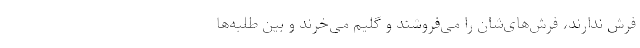
فرش ندارند، فرش‌های‌شان را می‌فروشند و گلیم می‌خرند و بین طلبه‌ها